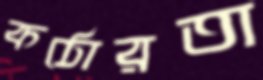
কঠোরতা